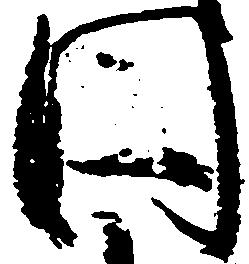
円